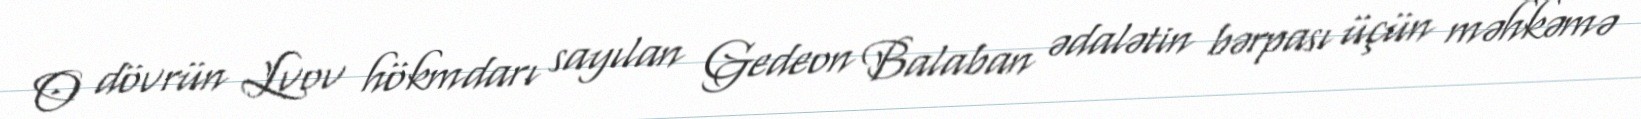
O dövrün Lvov hökmdarı sayılan Gedeon Balaban ədalətin bərpası üçün məhkəmə